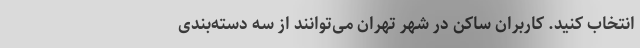
انتخاب کنید. کاربران ساکن در شهر تهران می‌توانند از سه دسته‌بندی